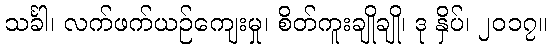
သင်္ခါ၊ လက်ဖက်ယဉ်ကျေးမှု၊ စိတ်ကူးချိုချို၊ ဒု နှိပ်၊ ၂၀၁၇။